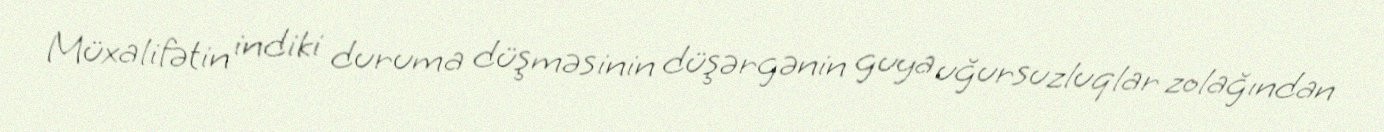
Müxalifətin indiki duruma düşməsinin düşərgənin guya uğursuzluqlar zolağından